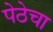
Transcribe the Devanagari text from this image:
पेठेचा